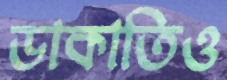
ডাকাতিও